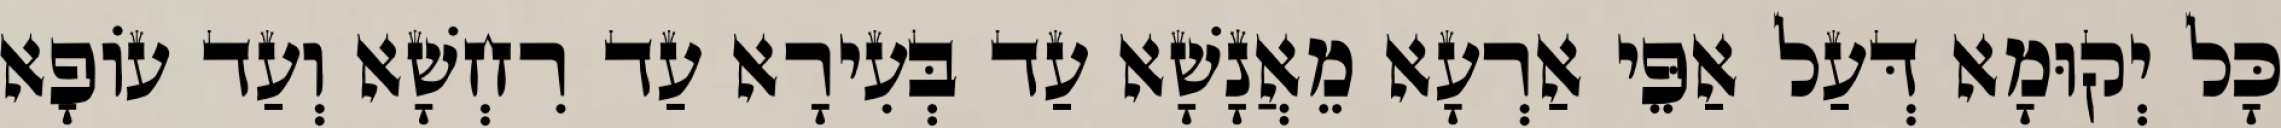
כָּל יְקוּמָא דְּעַל אַפֵּי אַרְעָא מֵאֲנָשָׁא עַד בְּעִירָא עַד רִחְשָׁא וְעַד עוֹפָא